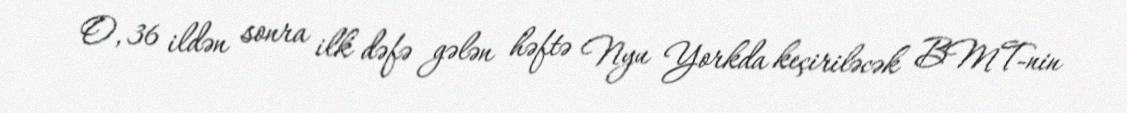
O, 36 ildən sonra ilk dəfə gələn həftə Nyu Yorkda keçiriləcək BMT-nin